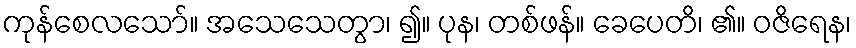
ကုန်စေလသော်။ အသေသေတွာ၊ ၍။ ပုန၊ တစ်ဖန်။ ခေပေတိ၊ ၏။ ဝဇိရေန၊